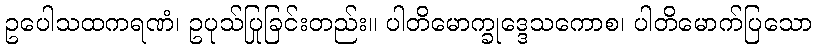
ဥပေါသထကရဏံ၊ ဥပုသ်ပြုခြင်းတည်း။ ပါတိမောက္ခုဒ္ဒေသကောစ၊ ပါတိမောက်ပြသော